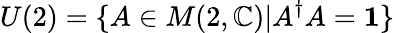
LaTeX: U(2)=\{ A\in M(2,\mathbb{C})|A^{\dagger}A={\mathbf 1}\}